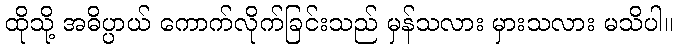
ထိုသို့ အဓိပ္ပာယ် ကောက်လိုက်ခြင်းသည် မှန်သလား မှားသလား မသိပါ။